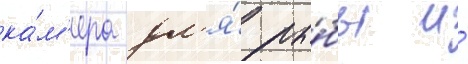
ка́м'ера дл'я́ ры́бы и́